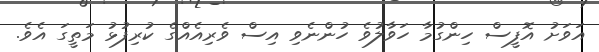
އަވަށު އޮފީސް ހިންގުމާ ހަވާލުވެ ހުންނެވި އިސް ވެރިއެއްގެ ކުރިފުޅު މަތީގަ އެވެ.